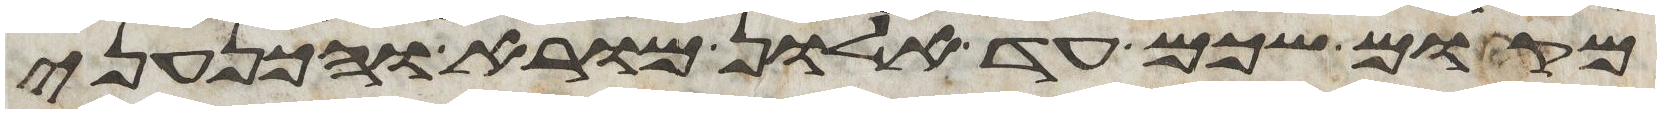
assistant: מקום שכם עד אלון מורא והכנעני